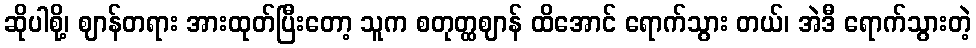
ဆိုပါစို့၊ ဈာန်တရား အားထုတ်ပြီးတော့ သူက စတုတ္ထဈာန် ထိအောင် ရောက်သွား တယ်၊ အဲဒီ ရောက်သွားတဲ့